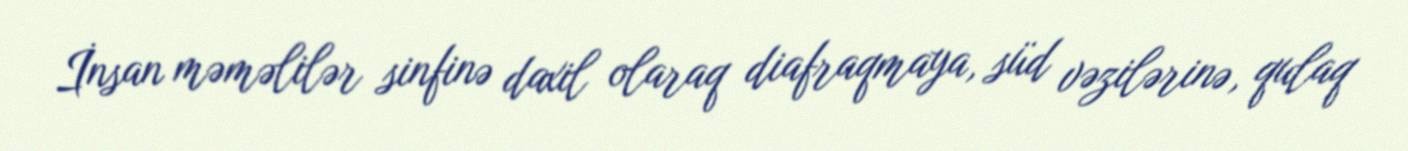
İnsan məməlilər sinfinə daxil olaraq diafraqmaya, süd vəzilərinə, qulaq